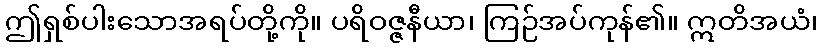
ဤရှစ်ပါးသောအရပ်တို့ကို။ ပရိဝဇ္ဇနီယာ၊ ကြဉ်အပ်ကုန်၏။ ဣတိအယံ၊